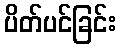
ပိတ်ပင်ခြင်း